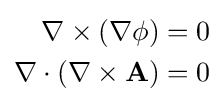
{\begin{aligned}\nabla \times (\nabla \phi )&=0\\\nabla \cdot (\nabla \times \mathbf {A} )&=0\end{aligned}}